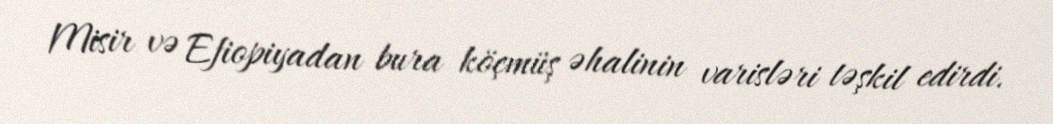
Misir və Efiopiyadan bura köçmüş əhalinin varisləri təşkil edirdi.